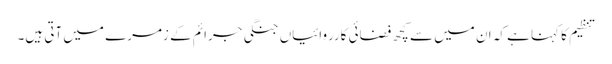
تنظیم کا کہنا ہے کہ ان میں سے کچھ فضائی کارروائیاں جنگی جرائم کے زمرے میں آتی ہیں۔